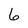
Character: 6